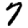
Digit: 7